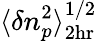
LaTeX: \langle\delta n_{p}^{2}\rangle_{2\mathrm{hr}}^{1/2}